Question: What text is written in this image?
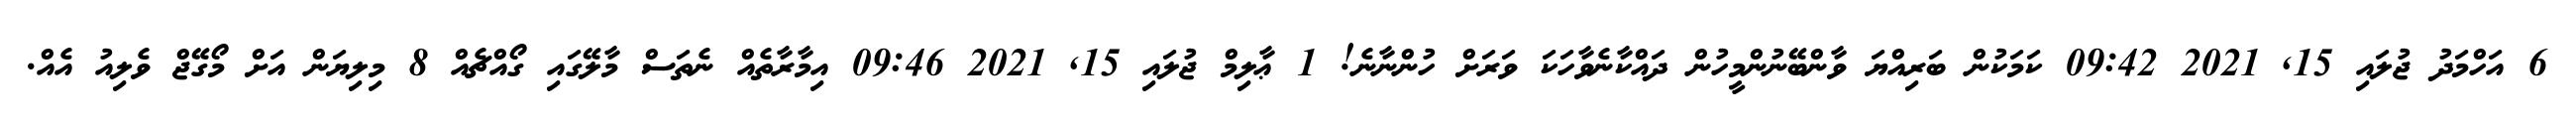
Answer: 6 އަހްމަދު ޖުލައި 15, 2021 09:42 ކަމަކުން ބަރިއްޔަ ވާންބޭނުންމީހުން ދައްކާނެވާހަކަ ވަރަށް ހުންނާނެ! 1 ޢާލިމް ޖުލައި 15, 2021 09:46 އިމާރާތެއް ނެތަސް މާލޭގައި ގޯއްޗެއް 8 މިލިޔަން އަށް މޯގޭޖް ވެލިއު އެއް.